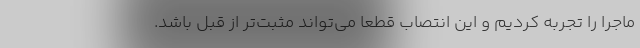
ماجرا را تجربه کردیم و این انتصاب قطعا می‌تواند مثبت‌تر از قبل باشد.